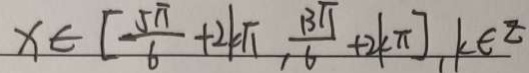
x \in [ \frac { 5 \pi } { 6 } + 2 k \pi , \frac { 1 3 \pi } { 6 } + 2 k \pi ] , k \in z